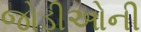
જોડીઓની